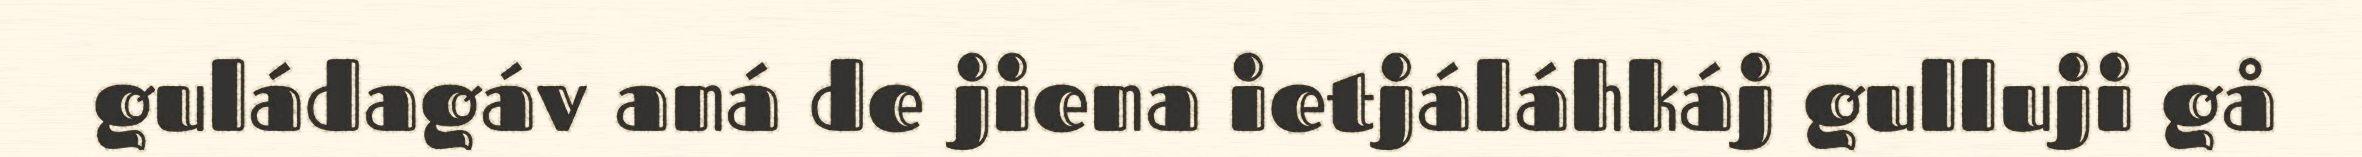
guládagáv aná de jiena ietjáláhkáj gulluji gå